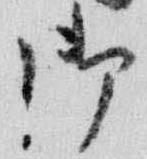
御